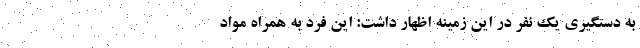
به دستگیری یک نفر در این زمینه اظهار داشت: این فرد به همراه مواد